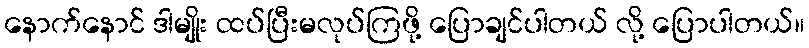
နောက်နောင် ဒါမျိုး ထပ်ပြီးမလုပ်ကြဖို့ ပြောချင်ပါတယ် လို့ ပြောပါတယ်။